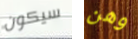
سيكون وهن